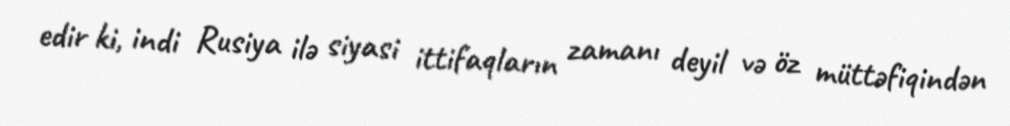
edir ki, indi Rusiya ilə siyasi ittifaqların zamanı deyil və öz müttəfiqindən